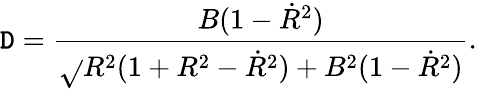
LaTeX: \mathtt{D}=\frac{{B(1-\dot{{R}}^{2})}}{{\sqrt{}{{R^{2}(1+R^{2}-\dot{{R}}^{2})+B^{2}(1-\dot{{R}}^{2})}}}}.